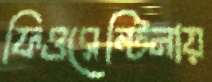
ফিওরেন্টিনায়